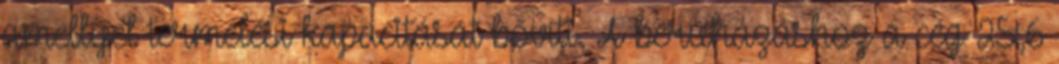
amellyel termelési kapacitását bővíti. A beruházáshoz a cég 251,6